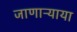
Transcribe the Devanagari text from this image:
जाणाऱ्याया